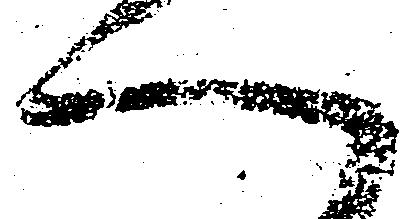
へ